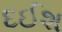
દઈશ